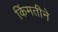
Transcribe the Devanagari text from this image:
किंमतीने